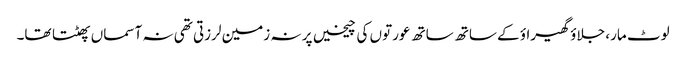
لوٹ مار، جلاؤ گھیراؤ کے ساتھ ساتھ عورتوں کی چیخیں پر نہ زمین لرزتی تھی نہ آسماں پھٹتا تھا۔